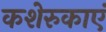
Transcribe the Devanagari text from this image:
कशेरुकाएं